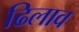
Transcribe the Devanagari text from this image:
ढिलाव